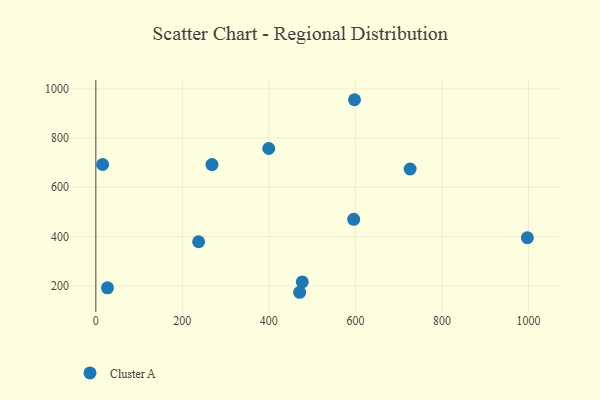
{"axis": {"x": "Distance", "y": "Yield"}, "legend": ["Cluster A"], "data": [{"x": "399.7", "y": 757.5, "type": "Cluster A"}, {"x": "471.2", "y": 173.1, "type": "Cluster A"}, {"x": "598.0", "y": 955.7, "type": "Cluster A"}, {"x": "997.6", "y": 394.7, "type": "Cluster A"}, {"x": "15.7", "y": 692.4, "type": "Cluster A"}, {"x": "237.6", "y": 378.5, "type": "Cluster A"}, {"x": "596.1", "y": 469.8, "type": "Cluster A"}, {"x": "477.3", "y": 215.2, "type": "Cluster A"}, {"x": "26.9", "y": 191.1, "type": "Cluster A"}, {"x": "726.5", "y": 674.2, "type": "Cluster A"}, {"x": "268.5", "y": 692.3, "type": "Cluster A"}]}